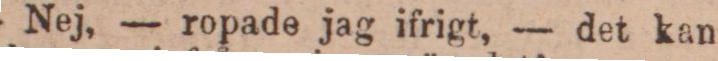
— Nej, — ropade jag ifrigt, — det kan